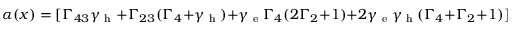
\alpha ( x ) = [ \Gamma _ { 4 3 } \gamma _ { \textrm { h } } + \Gamma _ { 2 3 } ( \Gamma _ { 4 } + \gamma _ { \textrm { h } } ) + \gamma _ { \textrm { e } } \Gamma _ { 4 } ( 2 \Gamma _ { 2 } + 1 ) + 2 \gamma _ { \textrm { e } } \gamma _ { \textrm { h } } ( \Gamma _ { 4 } + \Gamma _ { 2 } + 1 ) ] x